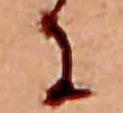
に